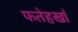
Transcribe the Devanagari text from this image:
फतेहखाँ